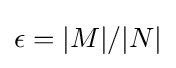
\epsilon =|M|/|N|